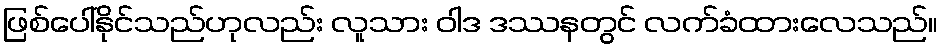
ဖြစ်ပေါ်နိုင်သည်ဟုလည်း လူသား ဝါဒ ဒဿနတွင် လက်ခံထားလေသည်။